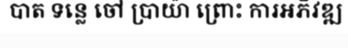
បាត ទន្លេ ចៅ ប្រាយ៉ា ព្រោះ ការអភិវឌ្ឍ